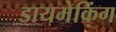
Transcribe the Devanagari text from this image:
डायमेकिंग